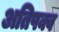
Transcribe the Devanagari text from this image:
अतिपक्व